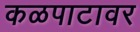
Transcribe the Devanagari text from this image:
कळपाटावर